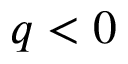
q < 0